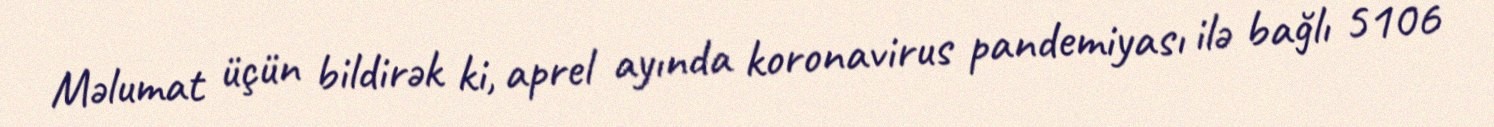
Məlumat üçün bildirək ki, aprel ayında koronavirus pandemiyası ilə bağlı 5106